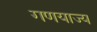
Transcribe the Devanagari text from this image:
गणयाज्य